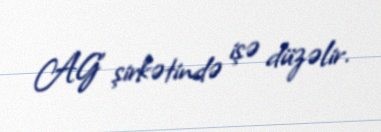
AG" şirkətində işə düzəlir.